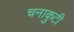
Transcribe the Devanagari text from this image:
चनाकुटी